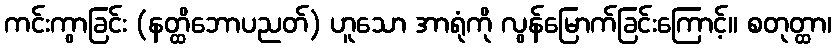
ကင်းကွာခြင်း (နတ္ထိဘောပညတ်) ဟူသော အာရုံကို လွန်မြောက်ခြင်းကြောင့်။ စတုတ္ထာ၊